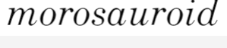
morosauroid